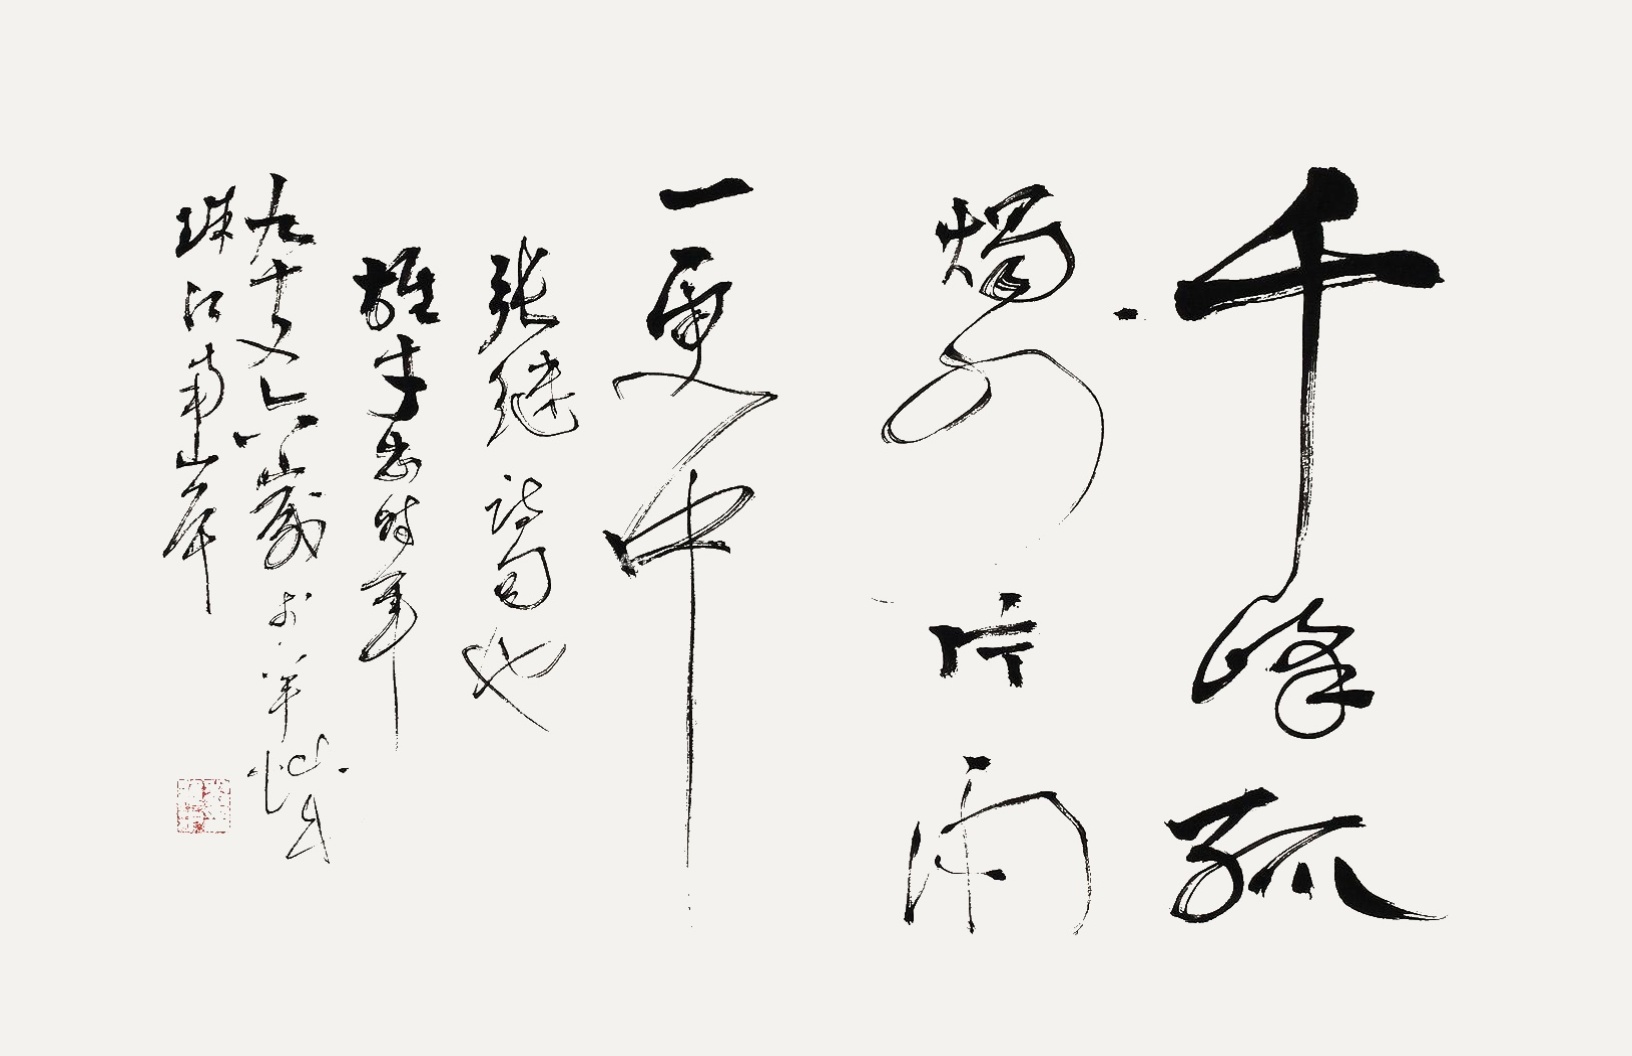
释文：千峰孤烛外，片雨一更中。张继诗句也，雄才书，时年九十又六岁于羊城珠江南岸。